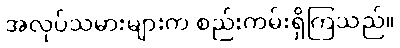
အလုပ်သမားများက စည်းကမ်းရှိကြသည်။